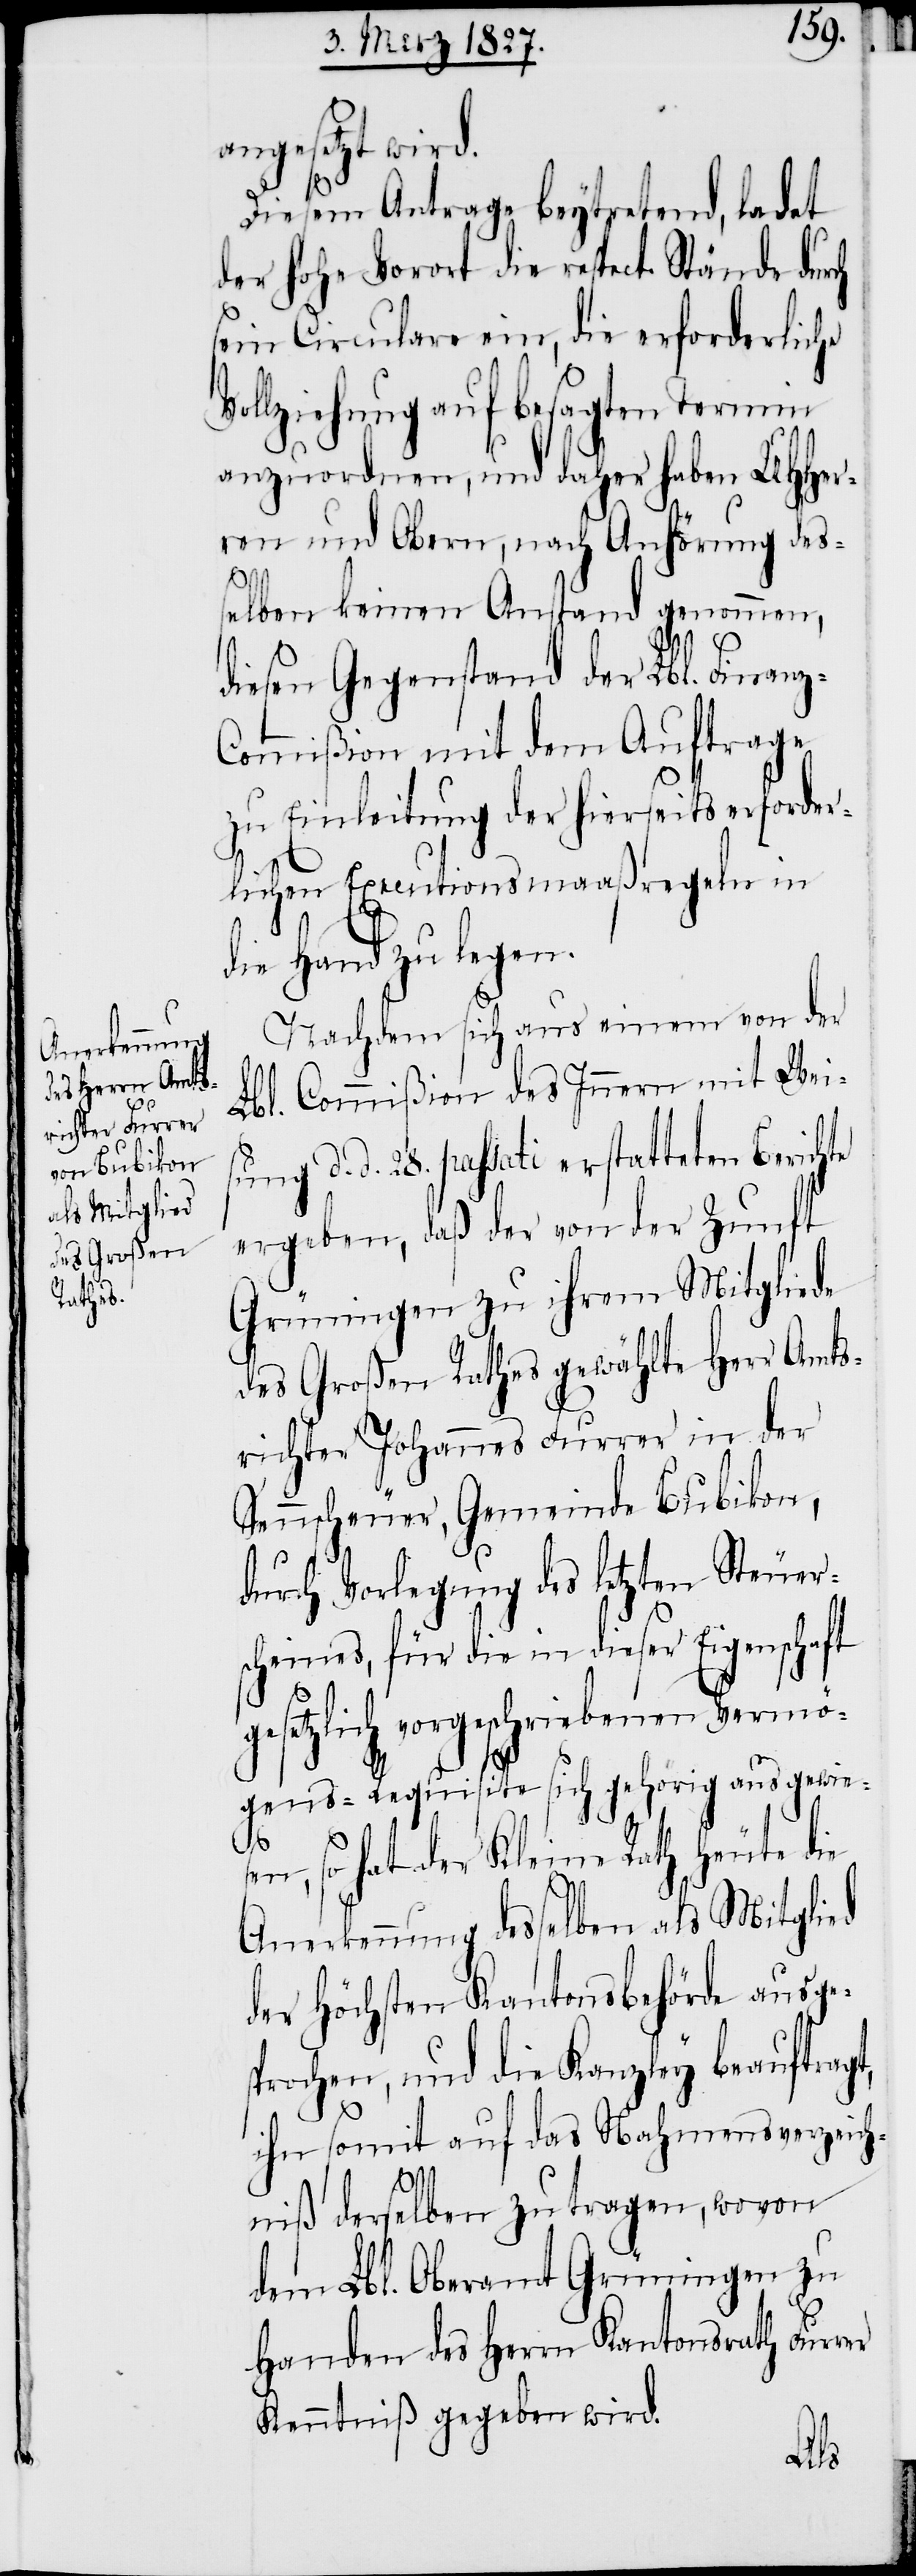
angesetzt wird.
Diesem Antrage beytretend, ladet
der hohe Vorort die respect. Stände durch
sein Circulare ein, die erforderliche
Vollziehung auf besagtem Termin
anzuordnen, und daher haben UHHer¬
ren und Obern, nach Anhörung des¬
selben keinen Anstand genommen,
diesen Gegenstand der Lbl. Finan¬
ommißion mit dem Auftrage
zu Einleitung der hierseits erforder¬
lichen Executionsmaaßregeln in
ie Hand zu legen.
Nachdem sich aus einem von der
Lbl. Commißion des Innern mit Weis¬
ung d. d. 28. passati erstatteten Berich¬
ergeben, daß der von der Zunft
Grüningen zu ihrem Mitgliede
des Großen Rathes gewählte Herr Amts¬
richter Johannes Furrer in der
Sennscheuer, Gemeinde Bubikon,
durch Vorlegung des letzten Steuer¬
scheines, für die in dieser Eigenschaft
setzlich vorgeschriebenen Vermö¬
gens-Requisite sich gehörig ausgewie¬
rer
n, so hat der Kleine Rath heute die
Anerkennung desselben als Mitglied
der höchsten Kantonsbehörde ausges¬
prochen, und die Kanzley beauftrag¬
ihn somit auf das Nahmensverzeich¬
niß derselben zu tragen, wovon
dem Lbl. Oberamt Grüningen zu
Handen des Herrn Kantonsrath Fur¬
Kenntniß gegeben wird.
ge¬